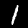
Label: 1